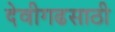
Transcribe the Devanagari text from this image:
देवीगढसाठी